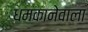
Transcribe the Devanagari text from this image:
धमकानेवाला